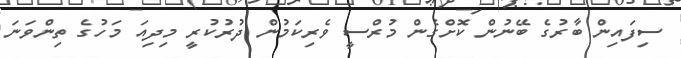
ސިފައިން ބާރުގެ ބޭނުން ކޮށްގެން މުރްސީ ވެރިކަމުން ދުރުކުރީ މިދިއަ މަހުގެ ތިންވަނަ